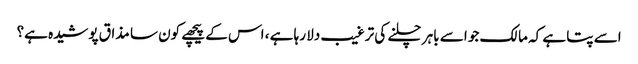
اسے پتا ہے کہ مالک جو اسے باہر چلنے کی ترغیب دلا رہا ہے ، اس کے پیچھے کون سا مذاق پوشیدہ ہے؟